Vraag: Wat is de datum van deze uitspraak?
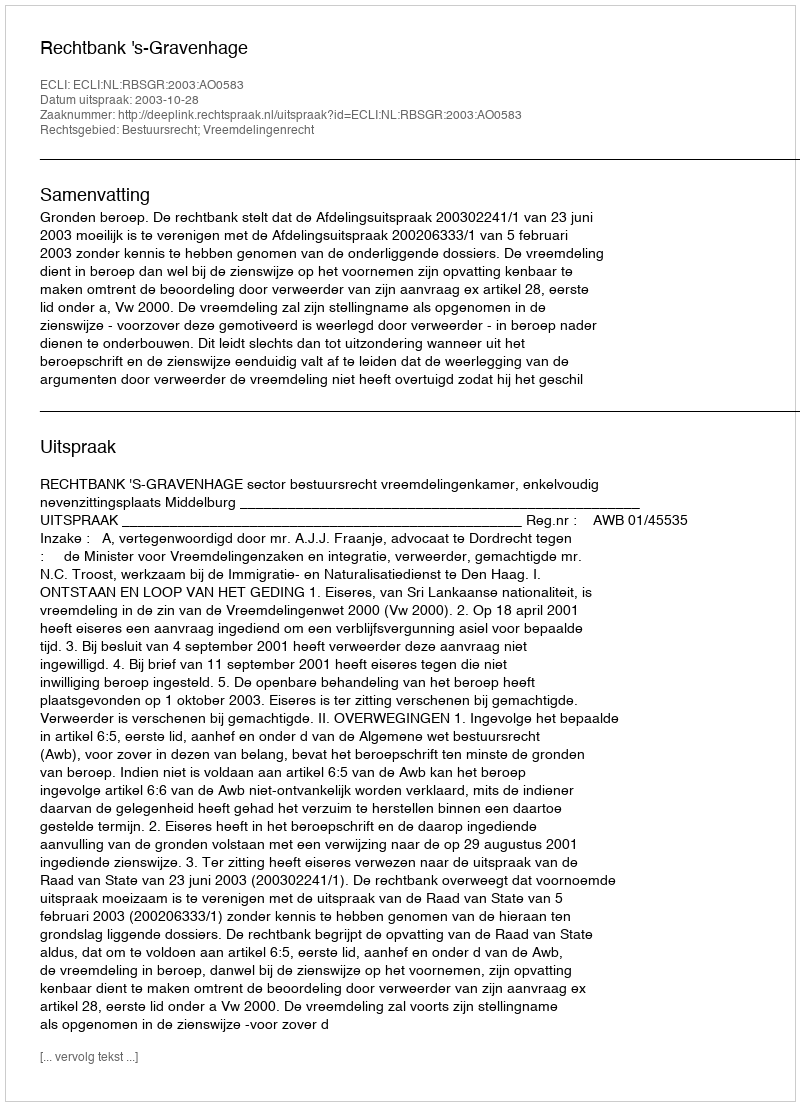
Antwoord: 2003-10-28